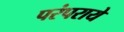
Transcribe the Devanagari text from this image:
परंपराये